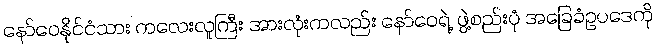
နော်ဝေနိုင်ငံသား ကလေးလူကြီး အားလုံးကလည်း နော်ဝေရဲ့ ဖွဲ့စည်းပုံ အခြေခံဥပဒေကို